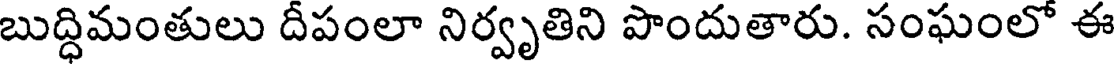
బుద్ధిమంతులు దీపంలా నిర్వృతిని పొందుతారు. సంఘంలో ఈ